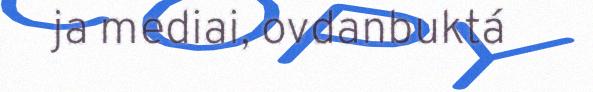
ja mediai, ovdanbuktá